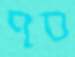
סף